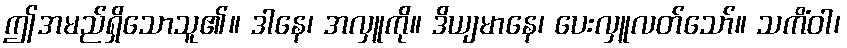
ဤအမည်ရှိသောသူ၏။ ဒါနေ၊ အလှူကို။ ဒိယျမာနေ၊ ပေးလှူလတ်သော်။ သကိံဝါ၊